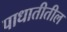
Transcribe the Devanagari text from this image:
पाधातीतील